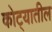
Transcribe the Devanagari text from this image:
कोट्यातील